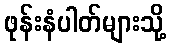
ဖုန်းနံပါတ်များသို့